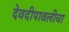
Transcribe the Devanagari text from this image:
देवदीपावलीचा